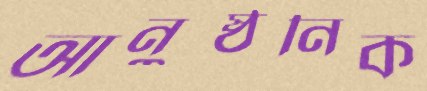
আনুষ্ঠনিক